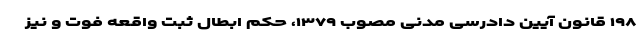
۱۹۸ قانون آیین دادرسی مدنی مصوب ۱۳۷۹، حکم ابطال ثبت واقعه فوت و نیز